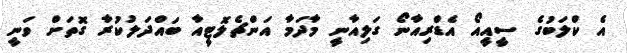
އެ ކްލަބުގެ ސީއީއޯ އެޑްރިއާނޯ ގަލިއާނީ މާދަމާ އަންޗެލޮޓީއާ ބައްދަލުކުރާ ގޮތަށް ވަނީ